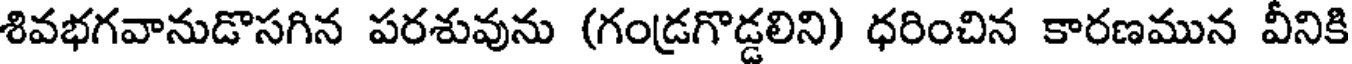
శివభగవానుడొసగిన పరశువును (గండ్రగొడ్డలిని) ధరించిన కారణమున వీనికి